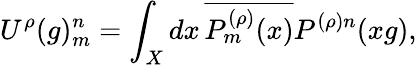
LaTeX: U^{\rho}(g)_{m}^{n}=\int_{X}dx\, \overline{{{P_{m}^{(\rho)}(x)}}}P^{(\rho)n}(xg),